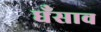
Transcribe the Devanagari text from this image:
धँसाव